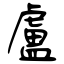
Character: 盧